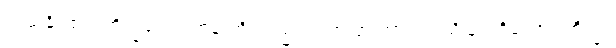
တည်နိုင်၏။ ဘိက္ခဝေ၊ ရဟန်းတို့။ ပည ဝါ၊ အပြားအားဖြင့်သိခြင်းရှိသော။ ဘိက္ခု၊